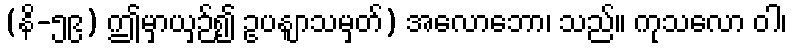
(နိ-၅၉) ဤမှာယှဉ်၍ ဥပနျာသမှတ်) အလောဘော၊ သည်။ ကုသလော ဝါ၊